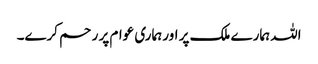
اللہ ہمارے ملک پر اور ہماری عوام پر ر حم کرے۔